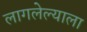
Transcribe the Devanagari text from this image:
लागलेल्याला